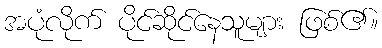
အပုံလိုက် ပိုင်ဆိုင်နေသူများ ဖြစ်၏။